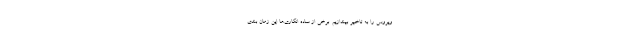
ویروس را به تاخیر بیندازیم‌. برخی از ساده انگاری‌ها این زمان بندی